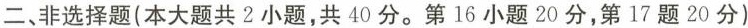
二、非选择题(本大题共2小题，共40分。第16小题20分，第17题20分)